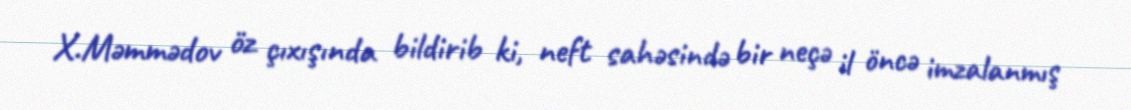
X.Məmmədov öz çıxışında bildirib ki, neft sahəsində bir neçə il öncə imzalanmış